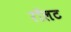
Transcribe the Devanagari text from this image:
रॉलट